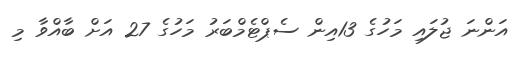
އަންނަ ޖުލައި މަހުގެ 13އިން ސެޕްޓެމްބަރު މަހުގެ 27 އަށް ބާއްވާ މި